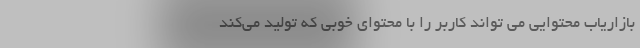
بازاریاب محتوایی می تواند کاربر را با محتوای خوبی که تولید می‌کند